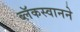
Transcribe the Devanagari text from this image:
ब्लॅकस्वानने